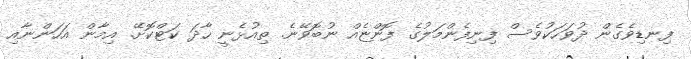
ފިނޑިވެގެން ދުވަހަކުވެސް ފިނިފެންމަލުގެ ފޮންޏެއް ނުބޮވޭނެ. ތިއުޅެނީ ހާދަ ކަޓްކޮށޭ. އިމާން އަހަންނާއި